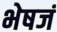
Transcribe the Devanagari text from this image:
भेषजं